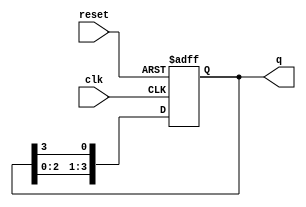
module ring_counter (
    input wire clk,          // Clock input
    input wire reset,        // Asynchronous reset input
    output reg [N-1:0] q     // Output states of the flip-flops
);
    parameter N = 4;         // Number of flip-flops (states)

    always @(posedge clk or posedge reset) begin
        if (reset) begin
            // Initialize to the first state (0001)
            q <= 1'b1; // Set the first flip-flop to '1'
        end else begin
            // Shift the '1' to the next flip-flop
            q <= {q[N-2:0], q[N-1]}; // Shift left and wrap around
        end
    end
endmodule